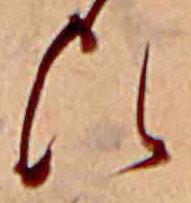
ひ